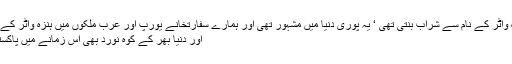
کیونکہ ہنزہ میں ہنزہ واٹر کے نام سے شراب بنتی تھی ‘ یہ پوری دنیا میں مشہور تھی اور ہمارے سفارتخانے یورپ اور عرب ملکوں میں ہنزہ واٹر کے اشتہار چلواتے تھے
اور دنیا بھر کے کوہ نورد بھی اس زمانے میں پاکستان آتے تھے‘ کیوں؟